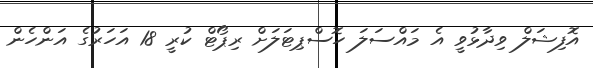
އޮފިޝަލް ވިދާޅުވީ އެ މައްސަލަ ހޮސްޕިޓަލަށް ރިޕޯޓް ކުރީ 18 އަހަރުގެ އަންހެން